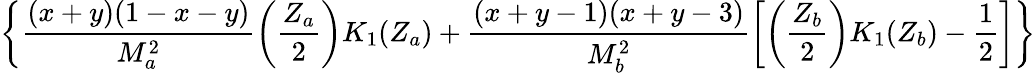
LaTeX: \biggl\{ \frac{(x+y)(1-x-y)}{M_{a}^{2}}\left(\frac{Z_{a}}{2}\right)K_{1}(Z_{a})+\frac{(x+y-1)(x+y-3)}{M_{b}^{2}}\biggl[\left(\frac{Z_{b}}{2}\right)K_{1}(Z_{b})-\frac{1}{2}\biggr]\biggr\}